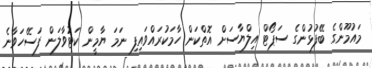
މައުމޫންގެ ބޭފުޅުންގެ ސަޕޯޓް އިލްޔާސަށް އޮތްކަން ހާމަކުރައްވައިފި ނަމަ ޔާމީން ކަޓުވާލަން ފަސޭހަވާނެ